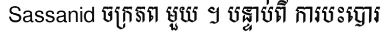
Sassanid ចក្រភព មួយ ។ បន្ទាប់ពី ការបះបោរ